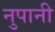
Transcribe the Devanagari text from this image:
नुपानी